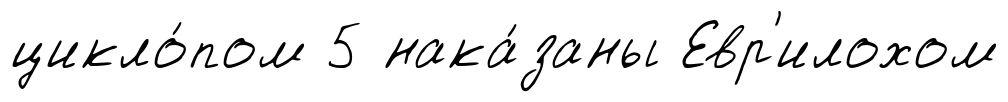
цикло́пом 5 нака́заны Евр'илохом